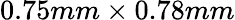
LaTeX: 0.75mm\times 0.78mm